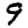
Digit: 9